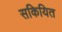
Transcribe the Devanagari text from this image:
सकियित